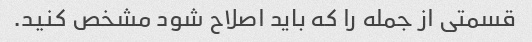
قسمتی از جمله را که باید اصلاح شود مشخص کنید.